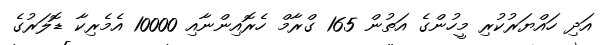
އަދި ހައްޔަރުކުރި މީހުންގެ އަތުން 165 ގްރާމް ހެރޮއިންނާއި 10000 އެމެރިކާ ޑޮލަރުގެ